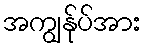
အကျွန်ုပ်အား